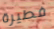
فطيرة